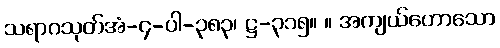
သရာဂသုတ်အံ-၄-ပါ-၃၈၃၊ ဋ္ဌ-၃၁၅။ ။ အကျယ်ဟောသော